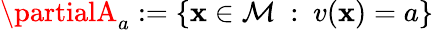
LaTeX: \partialA_{a}:=\{ \mathbf{x}\in\mathcal{{M}}\ :\ v(\mathbf{x})=a\}